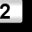
Digit: 2